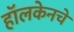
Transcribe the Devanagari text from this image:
हॉलकेनचे